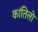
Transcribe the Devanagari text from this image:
कांतिलो